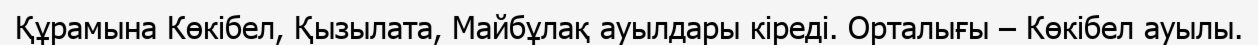
Құрамына Көкібел, Қызылата, Майбұлақ ауылдары кіреді. Орталығы – Көкібел ауылы.